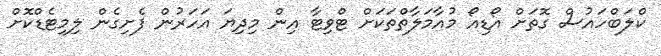
ކްލަބްހައުސް ގޮތަށް އޯޑިއޯ މުއާމަލާތްތަކަށް ޓްވިޓާ އިން މިދިޔަ އަހަރުން ފެށިގެން ލިމިޓެޑްކޮށް